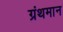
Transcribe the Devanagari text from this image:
ग्रंथमान